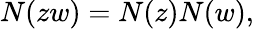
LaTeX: N(zw)=N(z)N(w),